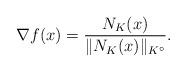
LaTeX: \begin{align*}\nabla f(x) = \frac{ N_K (x) }{ \Vert N_K (x) \Vert _{K^\circ}}.\end{align*}